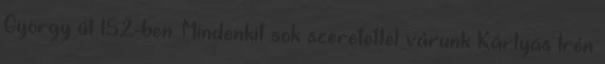
György út 152-ben. Mindenkit sok szeretettel várunk Kártyás Irén